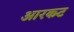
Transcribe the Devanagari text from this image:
आरकट